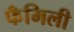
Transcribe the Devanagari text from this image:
फँमिली